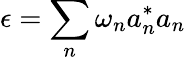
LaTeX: \epsilon=\sum_{n}\omega_{n}a_{n}^{*}a_{n}